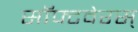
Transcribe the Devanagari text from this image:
सॉफ्टवेरस्